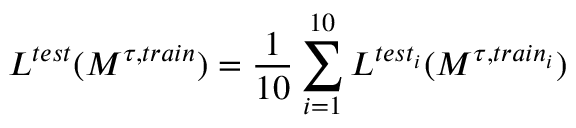
L ^ { t e s t } ( M ^ { \tau , t r a i n } ) = \frac { 1 } { 1 0 } \sum _ { i = 1 } ^ { 1 0 } L ^ { t e s t _ { i } } ( M ^ { \tau , t r a i n _ { i } } )